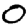
Digit: 0